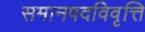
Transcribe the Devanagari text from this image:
समानपदविवृत्ति